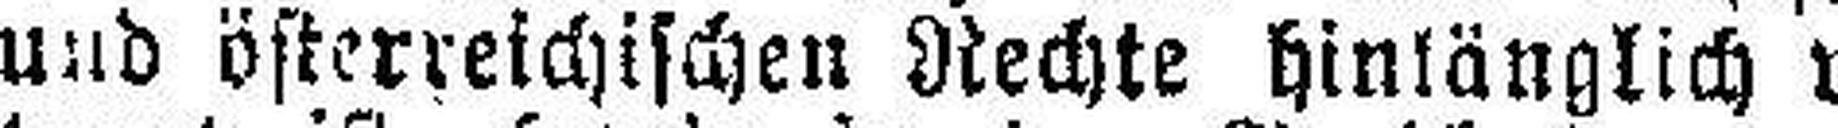
und österreichischen Rechte hinlänglich ver¬